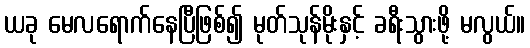
ယခု မေလရောက်နေပြီဖြစ်၍ မုတ်သုန်မိုးနှင့် ခရီးသွားဖို့ မလွယ်။